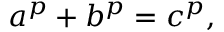
a ^ { p } + b ^ { p } = c ^ { p } ,